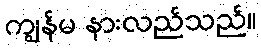
ကျွန်မ နားလည်သည်။